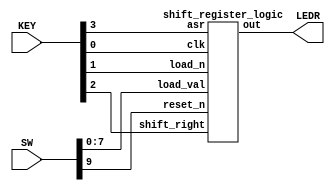
module shift_register (SW, KEY, LEDR);
  input [9:0] SW;
  input [3:0] KEY;
  output [7:0] LEDR;

  shift_register_logic sh0(.load_val(SW[7:0]), .load_n(KEY[1]), .shift_right(KEY[2]), .asr(KEY[3]), .clk(KEY[0]), .reset_n(SW[9]), .out(LEDR[7:0]));

endmodule // shift_register


module shift_register_logic (load_val, load_n, shift_right, asr, clk, reset_n, out);

  input [7:0] load_val;
  input load_n, shift_right, asr, clk, reset_n;
  output [7:0] out;


  wire asrout;

  arithmetic_shift_right a0(.asr(asr), .original(out[7]), .out(asrout));

  shifter s7(.load_val(load_val[7]), .load_n(load_n), .shift_right(shift_right), .in(asrout), .clk(clk), .reset_n(reset_n), .out(out[7]));
  shifter s6(.load_val(load_val[6]), .load_n(load_n), .shift_right(shift_right), .in(out[7]), .clk(clk), .reset_n(reset_n), .out(out[6]));
  shifter s5(.load_val(load_val[5]), .load_n(load_n), .shift_right(shift_right), .in(out[6]), .clk(clk), .reset_n(reset_n), .out(out[5]));
  shifter s4(.load_val(load_val[4]), .load_n(load_n), .shift_right(shift_right), .in(out[5]), .clk(clk), .reset_n(reset_n), .out(out[4]));
  shifter s3(.load_val(load_val[3]), .load_n(load_n), .shift_right(shift_right), .in(out[4]), .clk(clk), .reset_n(reset_n), .out(out[3]));
  shifter s2(.load_val(load_val[2]), .load_n(load_n), .shift_right(shift_right), .in(out[3]), .clk(clk), .reset_n(reset_n), .out(out[2]));
  shifter s1(.load_val(load_val[1]), .load_n(load_n), .shift_right(shift_right), .in(out[2]), .clk(clk), .reset_n(reset_n), .out(out[1]));
  shifter s0(.load_val(load_val[0]), .load_n(load_n), .shift_right(shift_right), .in(out[1]), .clk(clk), .reset_n(reset_n), .out(out[0]));


endmodule // shift_register_logic

//=========================================================

module arithmetic_shift_right(asr, original, out);

  input asr, original;
  output out;
  reg out;

  always @ ( * ) begin
    case (asr)
      1'b0: out = 1'b0;
      1'b1: out = original;
      default: out = 1'b0;
    endcase
  end

endmodule

//==============================================================

module shifter (load_val, load_n, shift_right, in, clk, reset_n, out);
  input load_val, load_n, shift_right, in, clk, reset_n;
  output out;

  wire data_to_dff;
  wire m0_to_m1;
  wire out_to_m0;

  mux2to1 m0(.x(out), .y(in), .s(shift_right), .m(m0_to_m1));
  mux2to1 m1(.x(load_val), .y(m0_to_m1), .s(load_n), .m(data_to_dff));
  flipflop f0(.clk(clk), .reset_n(reset_n), .d(data_to_dff), .q(out));

endmodule // shifter

//==============================================

module flipflop (clk, reset_n, d, q);
  input clk, reset_n, d;
  output q;
  reg q;
  always @(posedge clk)

    begin
      if (reset_n == 1'b0)
        q <= 0;
      else
        q <= d;
  end
endmodule // dff


//==============================================

module mux2to1(x, y, s, m);
    input x; //selected when s is 0
    input y; //selected when s is 1
    input s; //select signal
    output m; //output

    assign m = s & y | ~s & x;
    // OR
    // assign m = s ? y : x;

endmodule